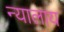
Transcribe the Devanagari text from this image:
न्यालाय